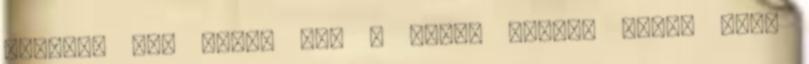
mellett ülő férfi is. A hátsó kocsik előbb bősz